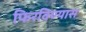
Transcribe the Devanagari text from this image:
फिरविण्यास